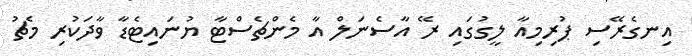
އިނގެރޭސި ޕުރިމިއާ ލީގުގައި ރޭ އާސެނަލް އާ މެންޗެސްޓާ ޔުނައިޓެޑާ ވާދަކުރި މެޗު